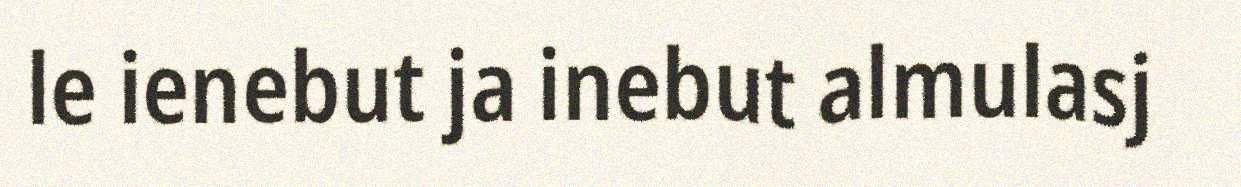
le ienebut ja inebut almulasj